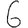
Digit: 6